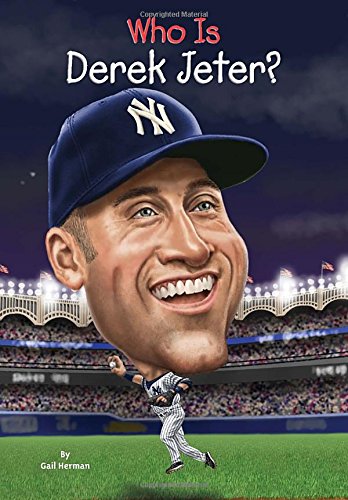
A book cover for Who Is Derek Jeter? (Who Was...?); Gail Herman; Children's Books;